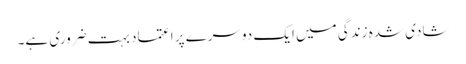
شادی شدہ زندگی میں ایک دوسرے پر اعتماد بہت ضروری ہے۔